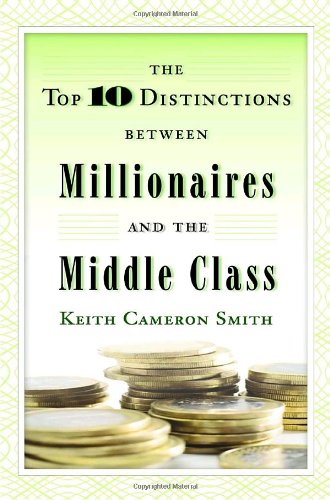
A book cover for The Top 10 Distinctions Between Millionaires and the Middle Class; Keith Cameron Smith; Business & Money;